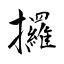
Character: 攞